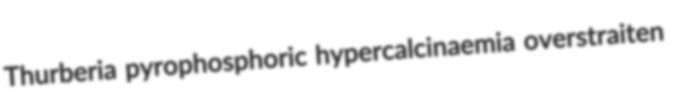
Thurberia pyrophosphoric hypercalcinaemia overstraiten